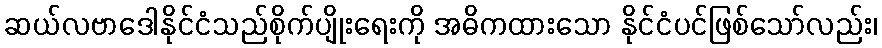
ဆယ်လဗာဒေါနိုင်ငံသည်စိုက်ပျိုးရေးကို အဓိကထားသော နိုင်ငံပင်ဖြစ်သော်လည်း၊